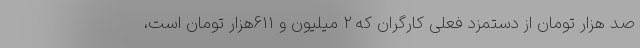
صد هزار تومان از دستمزد فعلی کارگران که 2 میلیون و 611هزار تومان است،